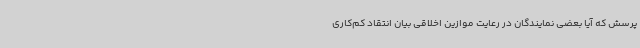
پرسش که آیا بعضی نمایندگان در رعایت موازین اخلاقی بیان انتقاد کم‌کاری